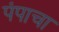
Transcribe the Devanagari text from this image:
पंपाचा